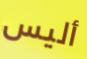
أليس